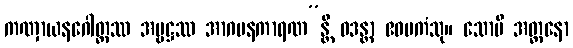
ကဏှာယနဂေါတ္တဿ အမ္ဗဋ္ဌဿ အာဂမနကာရဏ”န္တိ ဝဒန္တာ ဧဝမကံသု။ သောပိ အတ္တနော